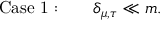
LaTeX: \mathrm { C a s e \ 1 : } \qquad \delta _ { \mu , \tau } \ll m .